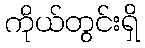
ကိုယ်တွင်းရှိ